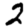
Digit: 2